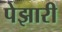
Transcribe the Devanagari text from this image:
पेझारी